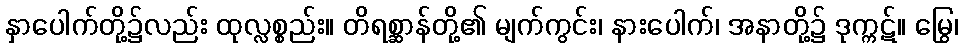
နှာပေါက်တို့၌လည်း ထုလ္လစ္စည်း။ တိရစ္ဆာန်တို့၏ မျက်ကွင်း၊ နားပေါက်၊ အနာတို့၌ ဒုက္ကဋ်။ မြွေ၊